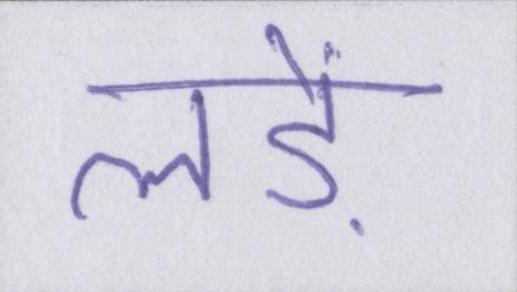
लड़ें